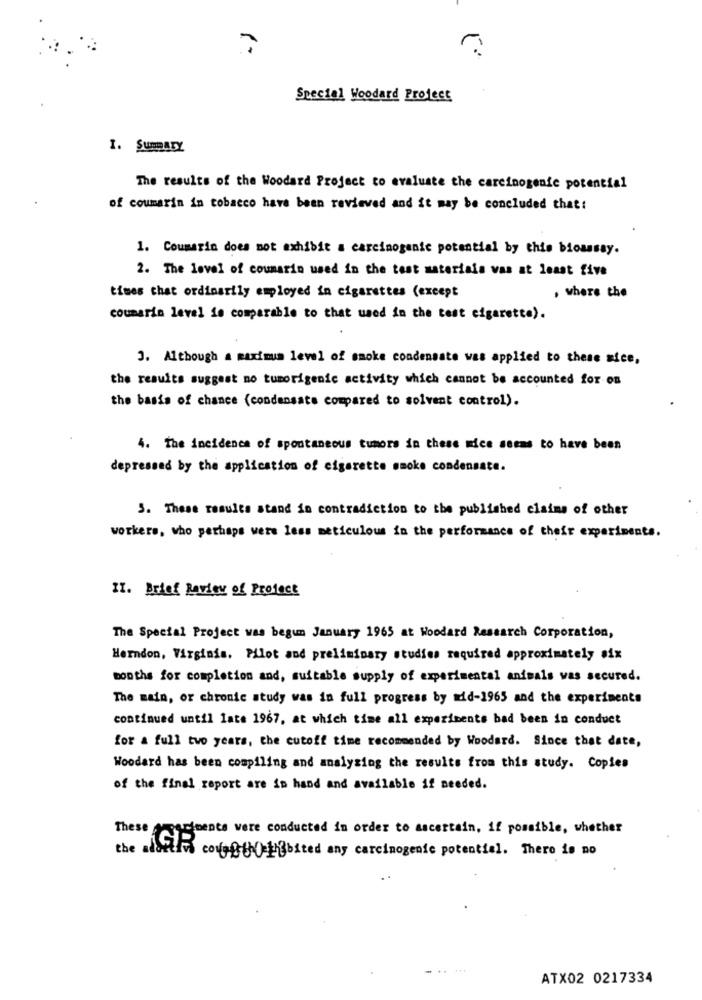
Special Woodard Project
I. SUMA
The results of the Woodard Project to evaluate the carcinogenic potential
of coumarin in tobacco have been reviewed and it may be concluded that:
1. Coumarin does not exhibit a carcinogenic potential by this bioassay.
2. The level of coumarin used in the test materials vas at least five
times that ordinarily employed in cigarettes (except
. where the
coumarin level ie comparable to that used in the test cigarette).
3. Although a maximum level of smoke condensate was applied to these sice,
the results suggest no tumorigenic activity which cannot be accounted for on
the basis of chance (condensate compared to solvent control).
4. The incidence of spontaneous tumors in these mice seems to have been
depressed by the application of cigarette smoke condensate.
3. These results stand in contradiction to the published claims of other
workers, who perhaps were less meticulous in the performance of their experiments.
II. Brief Review of Project
The Special Project was begum January 1965 at Woodard Research Corporation,
Herndon, Virginia. Pilot and preliminary studies required approximately aix
months for completion and, suitable supply of experimental animals was secured.
The main, or chronic study was in full progress by mid-1965 and the experiments
continued until late 1967, at which time all experiments bad been in conduct
for a full two years, the cutoff time recommended by Woodard. Since that date,
Woodard has been compiling and analyzing the results from this study. Copies
of the final report are in hand and available if needed.
These apartments were conducted in order to ascertain, if possible, whether
the adottivi covgfs thathibited any carcinogenic potentiel. There is no
ATX02 0217334